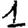
Digit: 1